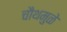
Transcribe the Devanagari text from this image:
चौथमुळे